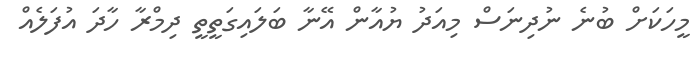
މީހަކަށް ބުނެ ނުދިނަސް މިއަދު ޔުއާން އޭޭނާ ބަލައިގަތީތީ ދިމްރާ ހާދަ އުފަލެއް